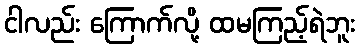
ငါလည်း ကြောက်လို့ ထမကြည့်ရဲဘူး